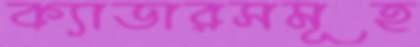
ক্যাডারসমূহ